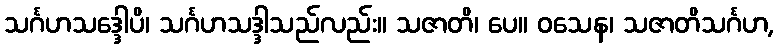
သင်္ဂဟသဒ္ဒေါပိ၊ သင်္ဂဟသဒ္ဒါသည်လည်း။ သဇာတိ၊ ပေ။ ဝသေန၊ သဇာတိသင်္ဂဟ,